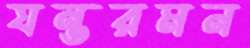
যন্তরমন